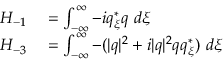
\begin{array} { r l } { H _ { - 1 } } & { { } = \int _ { - \infty } ^ { \infty } - i q _ { \xi } ^ { * } q \ d \xi } \\ { H _ { - 3 } } & { { } = \int _ { - \infty } ^ { \infty } - ( | q | ^ { 2 } + i | q | ^ { 2 } q q _ { \xi } ^ { * } ) \ d \xi } \end{array}